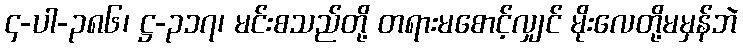
၄-ပါ-၃၈၆၊ ဋ္ဌ-၃၁၇၊ မင်းစသည်တို့ တရားမစောင့်လျှင် မိုးလေတို့မမှန်ဘဲ